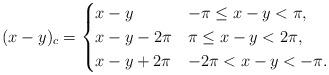
LaTeX: \begin{align*}(x-y)_c= \begin{cases} x-y& -\pi\leq x-y<\pi,\\ x-y -2\*\pi & \pi\leq x-y<2\*\pi,\\x-y +2\*\pi& -2\*\pi<x-y<-\pi.\end{cases}\end{align*}